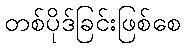
တစ်ပိုဒ်ခြင်းဖြစ်စေ